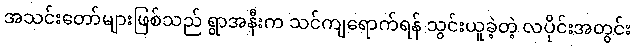
အသင်းတော်များဖြစ်သည် ရွာအနီးက သင်ကျရောက်ရန် သွင်းယူခဲ့တဲ့ လပိုင်းအတွင်း